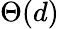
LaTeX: \Theta(d)